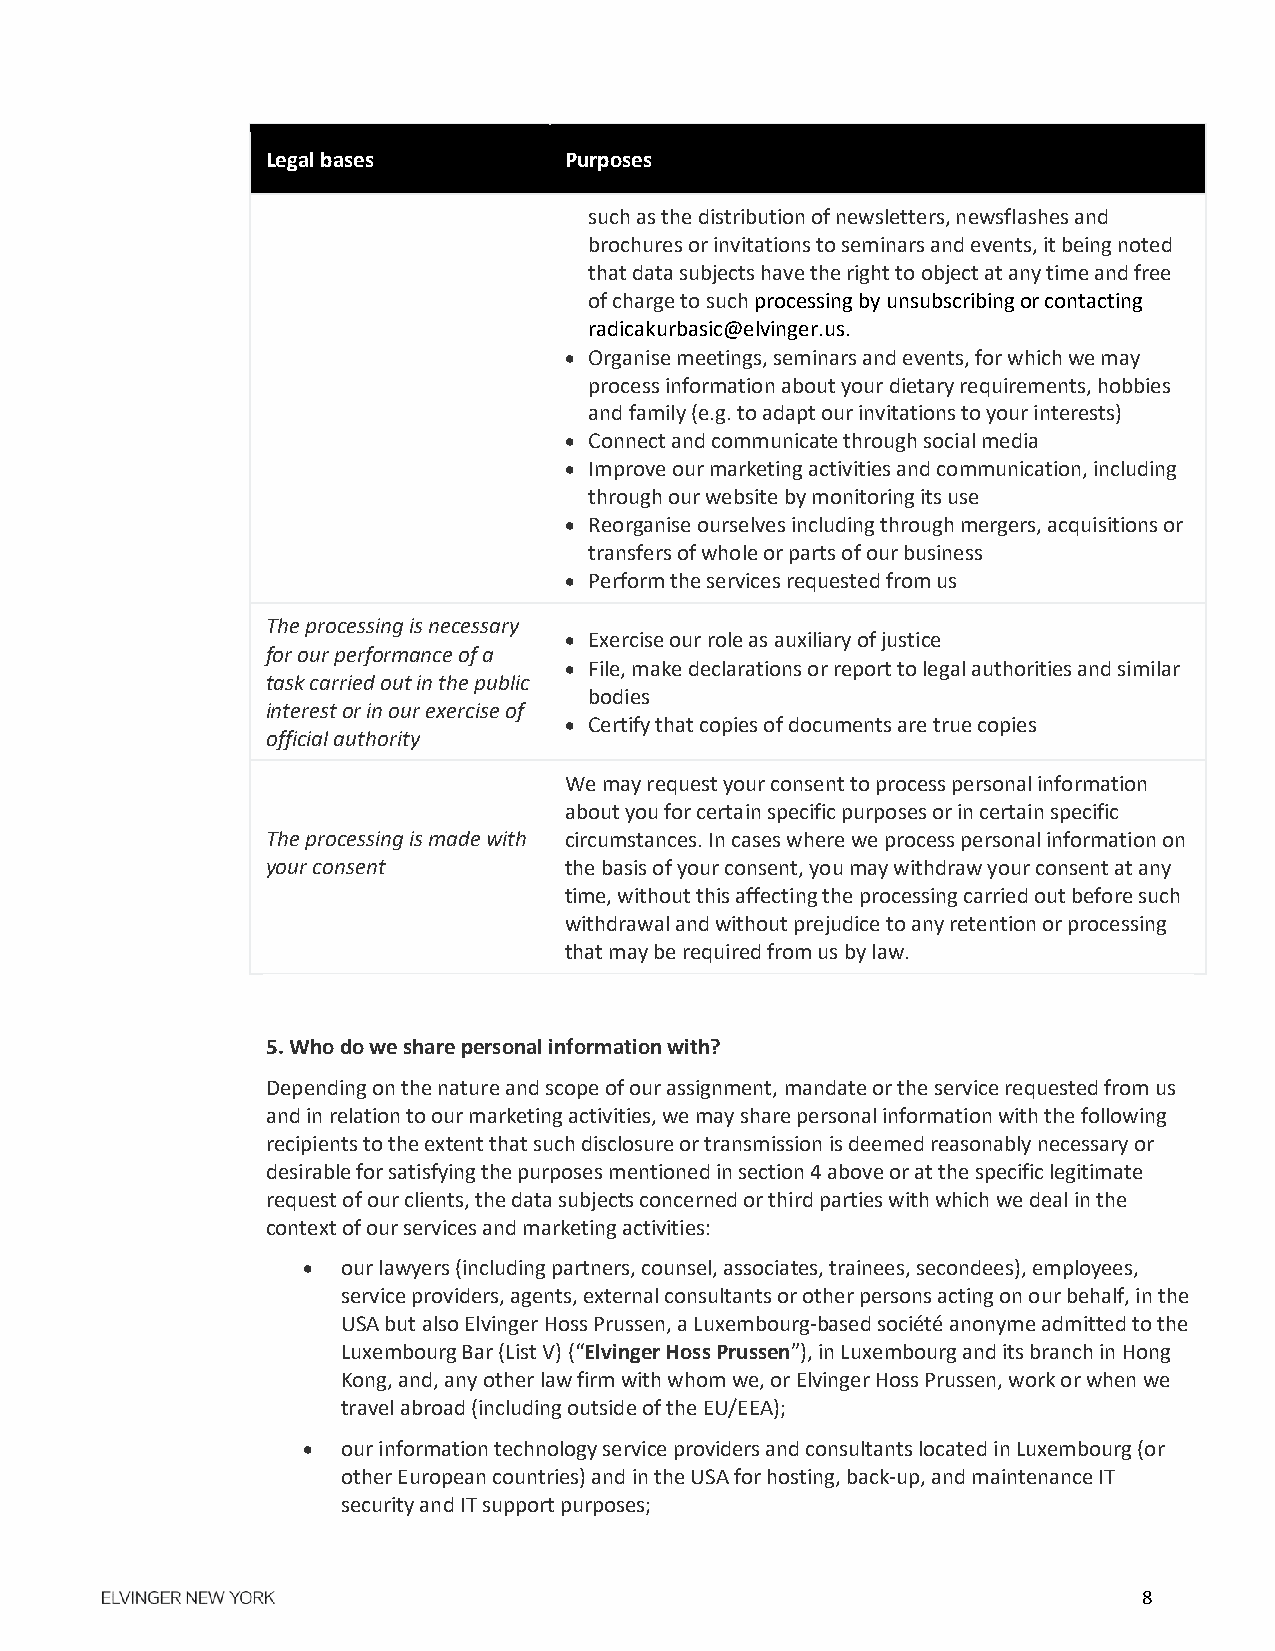
Legal bases        Purposes
 such as the distribution of newsletters, newsflashes and
 brochures or invitations to seminars and events, it being noted
 that data subjects have the right to object at any time and free
 of charge to such processing by unsubscribing or contacting
 radicakurbasic@elvinger.us.
  Organise meetings, seminars and events, for which we may
 process information about your dietary requirements, hobbies
 and family (e.g. to adapt our invitations to your interests)
  Connect and communicate through social media
  Improve our marketing activities and communication, including
 through our website by monitoring its use
  Reorganise ourselves including through mergers, acquisitions or
 transfers of whole or parts of our business
  Perform the services requested from us
 The processing is necessary
  Exercise our role as auxiliary of justice
 for our performance of a
  File, make declarations or report to legal authorities and similar
 task carried out in the public
 bodies
 interest or in our exercise of
  Certify that copies of documents are true copies
 official authority
 We may request your consent to process personal information
 about you for certain specific purposes or in certain specific
 The processing is made with circumstances. In cases where we process personal information on
 your consent       the basis of your consent, you may withdraw your consent at any
 time, without this affecting the processing carried out before such
 withdrawal and without prejudice to any retention or processing
 that may be required from us by law.
 5. Who do we share personal information with?
 Depending on the nature and scope of our assignment, mandate or the service requested from us
 and in relation to our marketing activities, we may share personal information with the following
 recipients to the extent that such disclosure or transmission is deemed reasonably necessary or
 desirable for satisfying the purposes mentioned in section 4 above or at the specific legitimate
 request of our clients, the data subjects concerned or third parties with which we deal in the
 context of our services and marketing activities:
   our lawyers (including partners, counsel, associates, trainees, secondees), employees,
 service providers, agents, external consultants or other persons acting on our behalf, in the
 USA but also Elvinger Hoss Prussen, a Luxembourg-based société anonyme admitted to the
 Luxembourg Bar (List V) (“Elvinger Hoss Prussen”), in Luxembourg and its branch in Hong
 Kong, and, any other law firm with whom we, or Elvinger Hoss Prussen, work or when we
 travel abroad (including outside of the EU/EEA);
   our information technology service providers and consultants located in Luxembourg (or
 other European countries) and in the USA for hosting, back-up, and maintenance IT
 security and IT support purposes;
 8